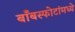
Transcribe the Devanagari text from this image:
बाँबस्फोटांमध्ये